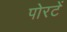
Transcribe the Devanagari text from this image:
पोरटें